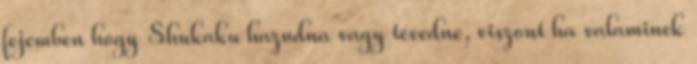
fejemben hogy Shukaku hazudna vagy tévedne, viszont ha valaminek